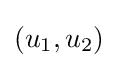
\left(u_{1},u_{2}\right)